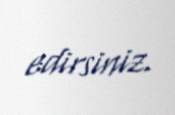
edirsiniz.